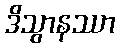
ဒိသွာနဿာ